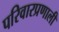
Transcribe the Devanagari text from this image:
परिवारप्रणाली